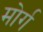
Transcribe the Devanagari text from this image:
मोर्ग